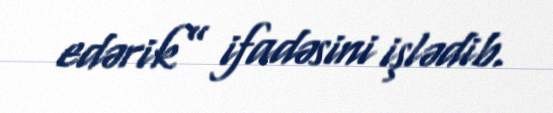
edərik” ifadəsini işlədib.